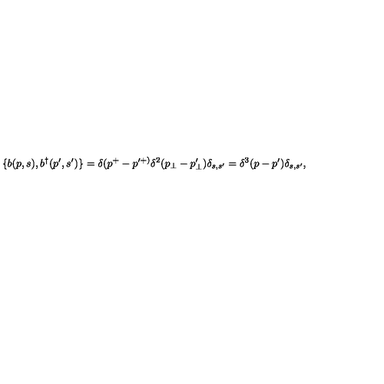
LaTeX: \{ b ( p , s ) , b ^ { \dagger } ( p ^ { \prime } , s ^ { \prime } ) \} = \delta ( p ^ { + } - p ^ { \prime + ) } \delta ^ { 2 } ( p _ { \perp } - p _ { \perp } ^ { \prime } ) \delta _ { s , s ^ { \prime } } = \delta ^ { 3 } ( p - p ^ { \prime } ) \delta _ { s , s ^ { \prime } } ,